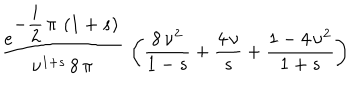
\begin{array} { c } { { \displaystyle { \frac { e ^ { \displaystyle { - \frac { i } { 2 } \, \pi \, \left( 1 + s \right) } } } { { \nu } ^ { 1 + s } \, 8 \, \pi } } \, \left( \frac { 8 \, { \nu } ^ { 2 } } { 1 - s } + \frac { 4 \, \nu } { s } + \frac { 1 - 4 \, { \nu } ^ { 2 } } { 1 + s } \right) } } \\ \end{array}